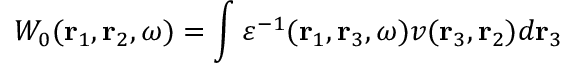
W _ { 0 } ( \mathbf { r } _ { 1 } , \mathbf { r } _ { 2 } , \omega ) = \int \varepsilon ^ { - 1 } ( \mathbf { r } _ { 1 } , \mathbf { r } _ { 3 } , \omega ) v ( \mathbf { r } _ { 3 } , \mathbf { r } _ { 2 } ) d \mathbf { r } _ { 3 }